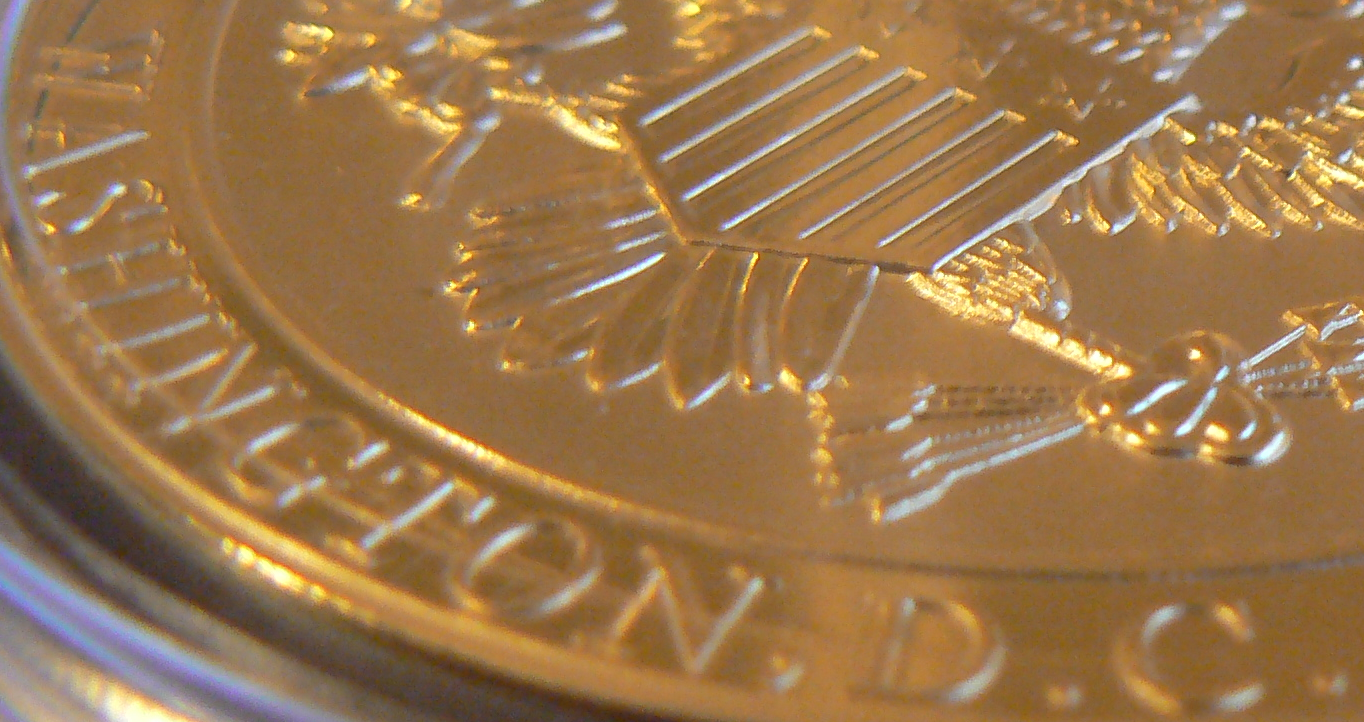
WASHINGTON. D.C.